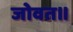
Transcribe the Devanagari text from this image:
जोवत॥